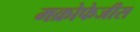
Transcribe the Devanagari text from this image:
मक्रोफेजीस